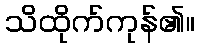
သိထိုက်ကုန်၏။